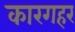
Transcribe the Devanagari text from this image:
कारगहर